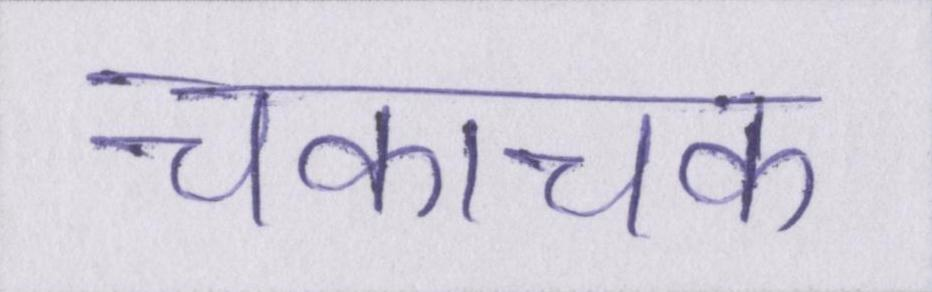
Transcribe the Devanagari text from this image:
चकाचक